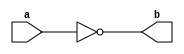
module NotGate(a,b) ;   // 1

output b ;
input a ;

nand(b,a,a) ;

endmodule 

module AndGate(a,b,c) ;  // 2 

output c ;
input a,b ;
wire x ;

nand(x,a,b);
nand(c,x,x) ;

endmodule 

module OrGate(a,b,c) ;  // 3 

output c ;
input a,b ;
wire x,y ;

nand(x,a,a) ;
nand(y,b,b) ;
nand(c,x,y) ;

endmodule

module XorGate(a,b,c) ;  // 5

output c ;
input a,b ;
wire x,y,x1,y1;

NotGate NG_1(a,x) ;
NotGate NG_2(b,y) ;
AndGate AG_1(a,y,x1) ;
AndGate AG_2(b,x,y1) ;
OrGate OG_1(x1,y1,c) ;

endmodule